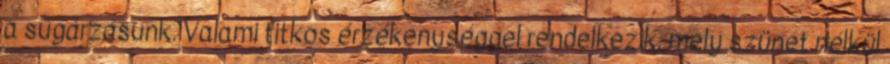
a sugárzásunk. Valami titkos érzékenységgel rendelkezik, mely szünet nélkül